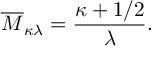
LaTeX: \overline { { { M } } } _ { \kappa \lambda } = \frac { \kappa + 1 / 2 } { \lambda } .